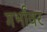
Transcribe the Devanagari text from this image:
गर्भांवर